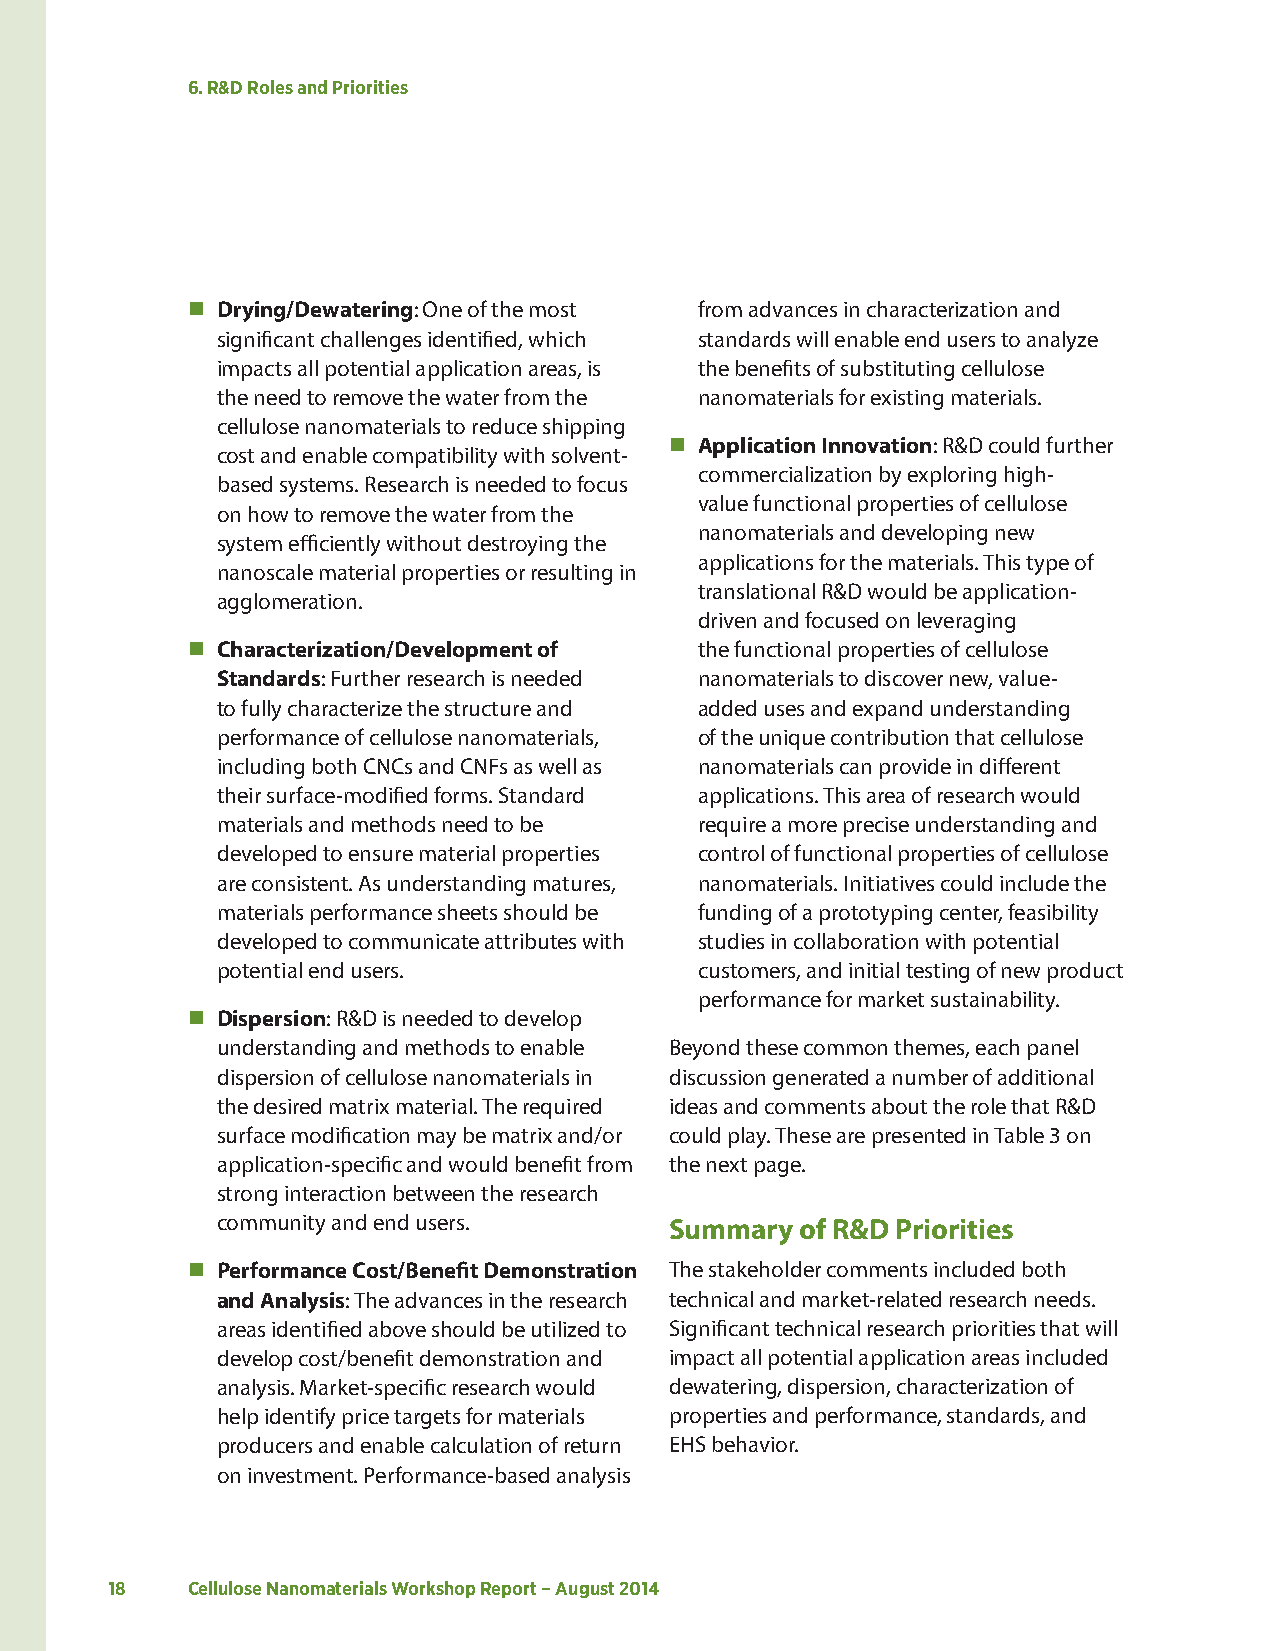
6. R&D Roles and Priorities
  Drying/Dewatering: One of the most from advances in characterization and
 significant challenges identified, which standards will enable end users to analyze
 impacts all potential application areas, is the benefits of substituting cellulose
 the need to remove the water from the nanomaterials for existing materials.
 cellulose nanomaterials to reduce shipping
  Application Innovation: R&D could further
 cost and enable compatibility with solvent-
 commercialization by exploring high-
 based systems. Research is needed to focus
 value functional properties of cellulose
 on how to remove the water from the
 nanomaterials and developing new
 system efficiently without destroying the
 applications for the materials. This type of
 nanoscale material properties or resulting in
 translational R&D would be application-
 agglomeration.
 driven and focused on leveraging
  Characterization/Development of the functional properties of cellulose
 Standards: Further research is needed nanomaterials to discover new, value-
 to fully characterize the structure and added uses and expand understanding
 performance of cellulose nanomaterials, of the unique contribution that cellulose
 including both CNCs and CNFs as well as nanomaterials can provide in different
 their surface-modified forms. Standard applications. This area of research would
 materials and methods need to be require a more precise understanding and
 developed to ensure material properties control of functional properties of cellulose
 are consistent. As understanding matures, nanomaterials. Initiatives could include the
 materials performance sheets should be funding of a prototyping center, feasibility
 developed to communicate attributes with studies in collaboration with potential
 potential end users.            customers, and initial testing of new product
 performance for market sustainability.
  Dispersion: R&D is needed to develop
 understanding and methods to enable Beyond these common themes, each panel
 dispersion of cellulose nanomaterials in discussion generated a number of additional
 the desired matrix material. The required ideas and comments about the role that R&D
 surface modification may be matrix and/or could play. These are presented in Table 3 on
 application-specific and would benefit from the next page.
 strong interaction between the research
 community and end users.      Summary  of R&D Priorities
  Performance Cost/Benefit Demonstration The stakeholder comments included both
 and Analysis: The advances in the research technical and market-related research needs.
 areas identified above should be utilized to Significant technical research priorities that will
 develop cost/benefit demonstration and impact all potential application areas included
 analysis. Market-specific research would dewatering, dispersion, characterization of
 help identify price targets for materials properties and performance, standards, and
 producers and enable calculation of return EHS behavior.
 on investment. Performance-based analysis
 18   Cellulose Nanomaterials Workshop Report – August 2014